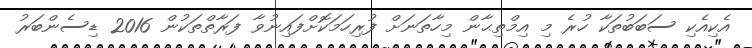
އެކިއެކި ސަބަބުތަކާ ހުރެ މި އިމްތިޙާން މިހާތަަނަށް ފުރިހަމަކޮށްފައިނުވާ ފަރާތްތަކުން 2016 ޑިސެންބަރު